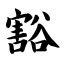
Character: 豁